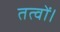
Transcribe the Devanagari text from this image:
तत्वों।